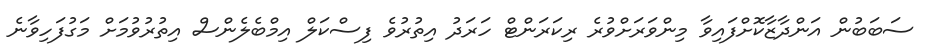
ސަބަބުން އަންދާޒާކޮށްފައިވާ މިންވަރަށްވުރެ ރިކަރަންޓް ހަރަދު އިތުރުވެ ފިސްކަލް އިމްބެލެންސް އިތުރުވުމަށް މަގުފަހިވާނެ